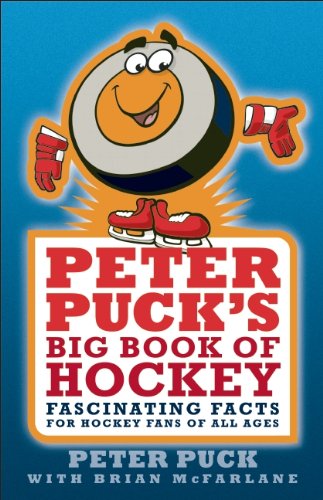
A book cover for Peter Puck's Big Book of Hockey: Fascinating Facts About the World's Fastest Team Sport; Brian McFarlane; Teen & Young Adult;